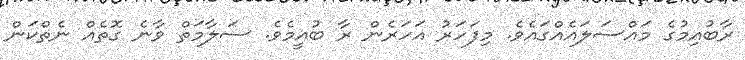
ރާބުއިމުގެ މައްސަލައެއްގައެވެ. މިފަހަރު އަހަރެން ރާ ބުއީމެވެ. ސަލާމަތް ވާނެ ގޮތެއް ނެތްކަން